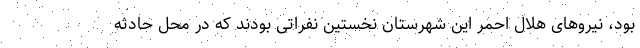
بود، نیروهای هلال احمر این شهرستان نخستین نفراتی بودند که در محل حادثه